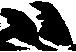
ハ